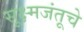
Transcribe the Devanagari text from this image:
सूक्ष्मजंतूचे